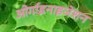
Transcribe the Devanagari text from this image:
ओर्गाइनाइजेशन